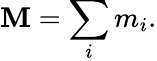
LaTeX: \mathbf{M}=\sum_{i}m_{i}.